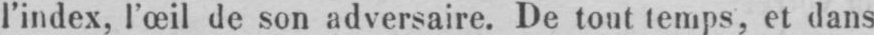
l’index, l’œil de son adversaire. De tout temps, et dans